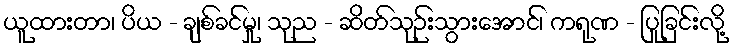
ယူထားတာ၊ ပိယ - ချစ်ခင်မှု၊ သုည - ဆိတ်သုဉ်းသွားအောင်၊ ကရုဏ - ပြုခြင်းလို့